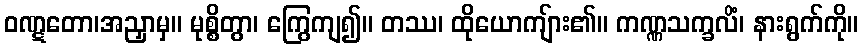
ဝဏ္ဋတော၊အညှာမှ။ မုစ္စိတွာ၊ ကြွေကျ၍။ တဿ၊ ထိုယောကျ်ား၏။ ကဏ္ဏသက္ခလိံ၊ နားရွက်ကို။